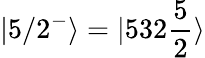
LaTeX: |5/2^{-}\rangle=|532\frac{5}{2}\rangle